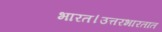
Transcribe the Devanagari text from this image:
भारत।उत्तरभारतात